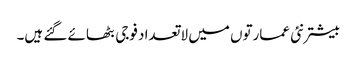
بیشتر نئی عمارتوں میں لاتعداد فوجی بٹھائے گئے ہیں۔